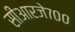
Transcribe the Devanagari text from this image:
सीआरजे७००